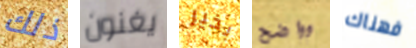
ذلك يغنون بخير وواضح فهناك